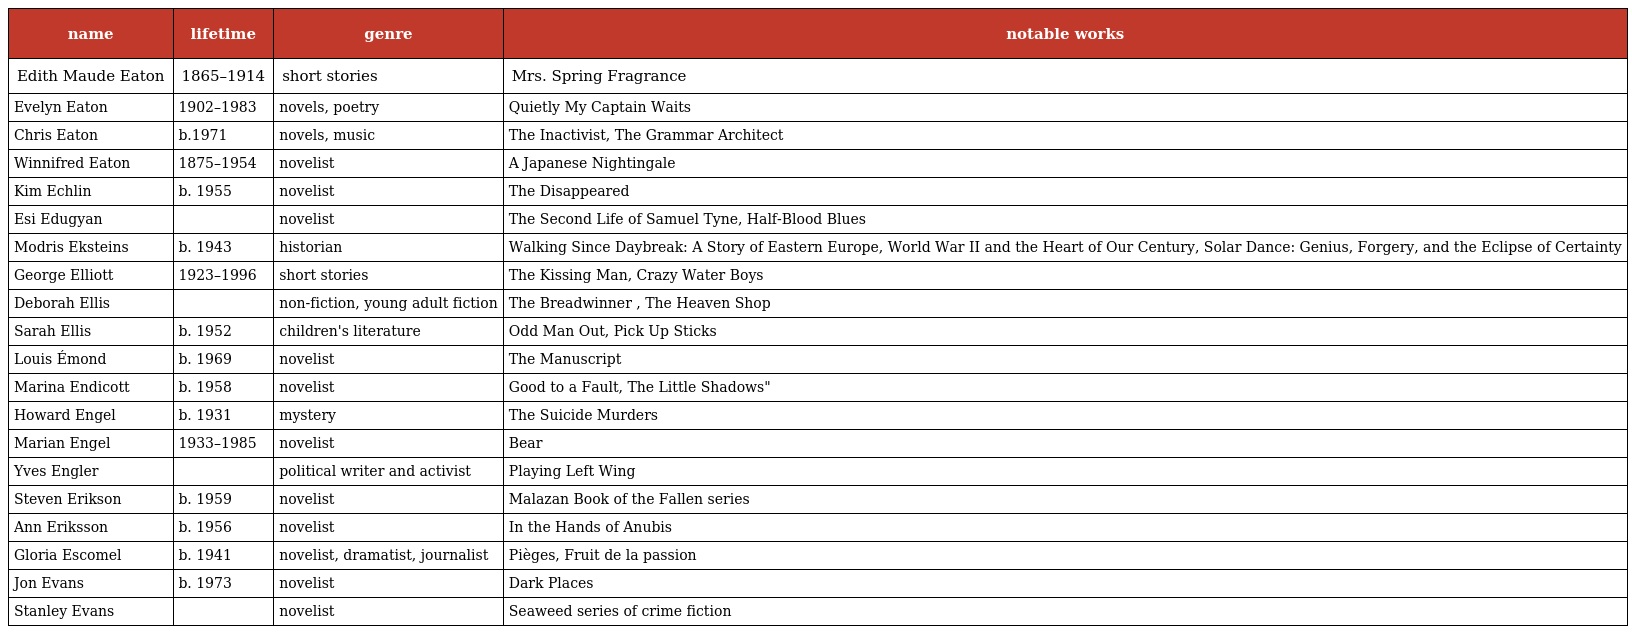
| name | lifetime | genre | notable works |
 | --- | --- | --- | --- |
 | Edith Maude Eaton | 1865–1914 | short stories | Mrs. Spring Fragrance |
 | Evelyn Eaton | 1902–1983 | novels, poetry | Quietly My Captain Waits |
 | Chris Eaton | b.1971 | novels, music | The Inactivist, The Grammar Architect |
 | Winnifred Eaton | 1875–1954 | novelist | A Japanese Nightingale |
 | Kim Echlin | b. 1955 | novelist | The Disappeared |
 | Esi Edugyan |  | novelist | The Second Life of Samuel Tyne, Half-Blood Blues |
 | Modris Eksteins | b. 1943 | historian | Walking Since Daybreak: A Story of Eastern Europe, World War II and the Heart of Our Century, Solar Dance: Genius, Forgery, and the Eclipse of Certainty |
 | George Elliott | 1923–1996 | short stories | The Kissing Man, Crazy Water Boys |
 | Deborah Ellis |  | non-fiction, young adult fiction | The Breadwinner , The Heaven Shop |
 | Sarah Ellis | b. 1952 | children's literature | Odd Man Out, Pick Up Sticks |
 | Louis Émond | b. 1969 | novelist | The Manuscript |
 | Marina Endicott | b. 1958 | novelist | Good to a Fault, The Little Shadows" |
 | Howard Engel | b. 1931 | mystery | The Suicide Murders |
 | Marian Engel | 1933–1985 | novelist | Bear |
 | Yves Engler |  | political writer and activist | Playing Left Wing |
 | Steven Erikson | b. 1959 | novelist | Malazan Book of the Fallen series |
 | Ann Eriksson | b. 1956 | novelist | In the Hands of Anubis |
 | Gloria Escomel | b. 1941 | novelist, dramatist, journalist | Pièges, Fruit de la passion |
 | Jon Evans | b. 1973 | novelist | Dark Places |
 | Stanley Evans |  | novelist | Seaweed series of crime fiction |